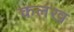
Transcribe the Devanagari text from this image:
कलख